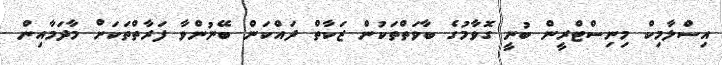
އިސްލާމިކް މިިނިސްޓްރީން ބުނީ ގޮވާމުގެ ބާވަތްތަކުން ޒަކާތް ދައްކަން ބޭނުންވާ ފަރާތްތަކަށް މާދަމާއިން